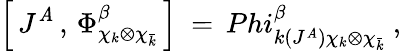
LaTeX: \left[\, J^{\mathit{A}}\, ,\, \Phi_{\chi_{k}\otimes\chi_{\bar{{k}}}}^{\beta}\, \right]\ =\, Phi_{k(J^{\mathit{A}})\chi_{k}\otimes\chi_{\bar{{k}}}}^{\beta}\ ,